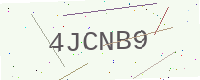
Text: 4JCNB9